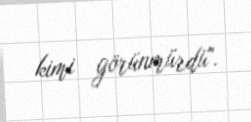
kimi görünmürdü".